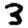
Digit: 3